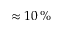
\approx 1 0 \, \%